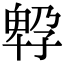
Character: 𡦆